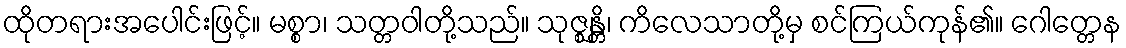
ထိုတရားအပေါင်းဖြင့်။ မစ္စာ၊ သတ္တဝါတို့သည်။ သုဇ္ဈန္တိ၊ ကိလေသာတို့မှ စင်ကြယ်ကုန်၏။ ဂေါတ္တေန